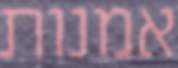
אמנות